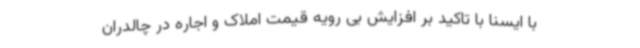
با ایسنا با تاکید بر افزایش بی رویه قیمت املاک و اجاره در چالدران